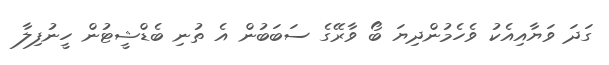
ގަދަ ވަޔާއިއެކު ވެހެމުންދިޔަ ބޯ ވާރޭގެ ސަބަބުން އެ ތުނި ބެޑްޝީޓުން ހީނުފިލާ